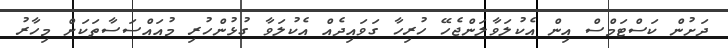
ދަށުން ކަސްޓަމްސް އިން އެކުލަވާލަންޖެހޭ ހުރިހާ ގަވައިދެއް އެކުލަވާ ގުޅުންހުރި މުއައްސަސާތަކަށް މިހާރު